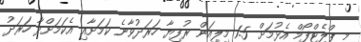
މި ޕްލެޓްފޯމް އެޅުމަށް 1.5 މިލިއަން ރުފިޔާ ހަރަދުވާނެ ކަމަށާއި އެކަމަށްދާ ހަރަދު